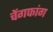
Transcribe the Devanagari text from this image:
चेंगफांग